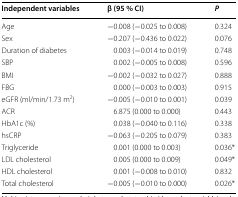
<table><thead><tr><td><b>Independent variables</b></td><td><b>β (95 % CI)</b></td><td><b><i>P</i></b></td></tr></thead><tbody><tr><td>Age</td><td>−0.008 (−0.025 to 0.008)</td><td>0.324</td></tr><tr><td>Sex</td><td>−0.207 (−0.436 to 0.022)</td><td>0.076</td></tr><tr><td>Duration of diabetes</td><td>0.003 (−0.014 to 0.019)</td><td>0.748</td></tr><tr><td>SBP</td><td>0.002 (−0.005 to 0.008)</td><td>0.596</td></tr><tr><td>BMI</td><td>−0.002 (−0.032 to 0.027)</td><td>0.888</td></tr><tr><td>FBG</td><td>0.000 (−0.003 to 0.003)</td><td>0.915</td></tr><tr><td>eGFR (ml/min/1.73 m<sup>2</sup>)</td><td>−0.005 (−0.010 to 0.001)</td><td>0.039</td></tr><tr><td>ACR</td><td>6.875 (0.000 to 0.000)</td><td>0.443</td></tr><tr><td>HbA1c (%)</td><td>0.038 (−0.040 to 0.116)</td><td>0.338</td></tr><tr><td>hsCRP</td><td>−0.063 (−0.205 to 0.079)</td><td>0.383</td></tr><tr><td>Triglyceride</td><td>0.001 (0.000 to 0.003)</td><td>0.036*</td></tr><tr><td>LDL cholesterol</td><td>0.005 (0.000 to 0.009)</td><td>0.049*</td></tr><tr><td>HDL cholesterol</td><td>0.001 (−0.008 to 0.010)</td><td>0.832</td></tr><tr><td>Total cholesterol</td><td>−0.005 (−0.010 to 0.000)</td><td>0.026*</td></tr></tbody></table>